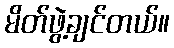
မိတ်ဖွဲ့ချင်တယ်။